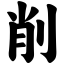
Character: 削